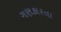
ગણકારતા